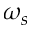
\omega _ { s }